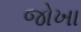
જોખા